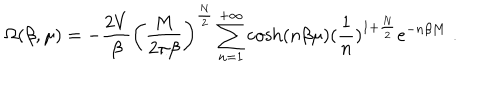
\Omega ( \beta , \mu ) = - { \frac { 2 V } { \beta } } \left( { \frac { M } { 2 \pi \beta } } \right) ^ { \frac { N } { 2 } } \sum _ { n = 1 } ^ { + \infty } \cosh ( n \beta \mu ) ( { \frac { 1 } { n } } ) ^ { 1 + { \frac { N } { 2 } } } e ^ { - n \beta M } \; .